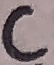
Text: C